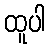
ထူပါ